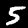
Digit: 5